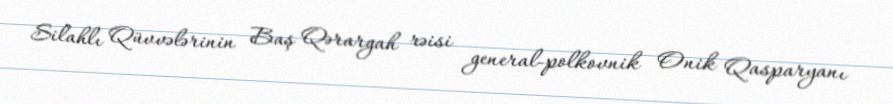
Silahlı Qüvvələrinin Baş Qərargah rəisi general-polkovnik Onik Qasparyanı